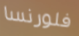
فلورنسا